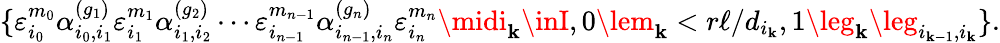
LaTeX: \{ \varepsilon_{i_{0}}^{m_{0}}\alpha_{i_{0},i_{1}}^{(g_{1})}\varepsilon_{i_{1}}^{m_{1}}\alpha_{i_{1},i_{2}}^{(g_{2})}\cdots\varepsilon_{i_{n-1}}^{m_{n-1}}\alpha_{i_{n-1},i_{n}}^{(g_{n})}\varepsilon_{i_{n}}^{m_{n}}\midi_{\mathbf{k}}\inI,0\lem_{\mathbf{k}}<r\ell/d_{i_{\mathbf{k}}},1\leg_{\mathbf{k}}\leg_{i_{\mathbf{k}-1},i_{\mathbf{k}}}\} .